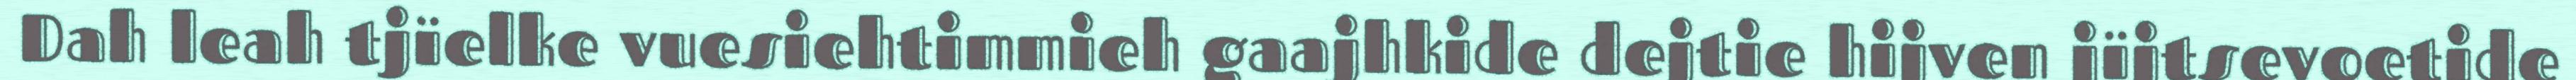
Dah leah tjïelke vuesiehtimmieh gaajhkide dejtie hijven jïjtsevoetide